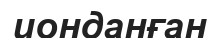
ионданған